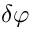
\delta \varphi